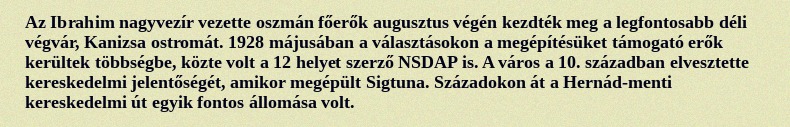
Az Ibrahim nagyvezír vezette oszmán főerők augusztus végén kezdték meg a legfontosabb déli végvár, Kanizsa ostromát. 1928 májusában a választásokon a megépítésüket támogató erők kerültek többségbe, közte volt a 12 helyet szerző NSDAP is. A város a 10. században elvesztette kereskedelmi jelentőségét, amikor megépült Sigtuna. Századokon át a Hernád-menti kereskedelmi út egyik fontos állomása volt.